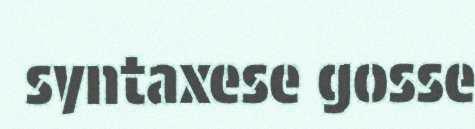
syntaxese gosse